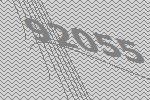
92055